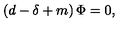
\left( d - \delta + m \right) \Phi = 0 ,